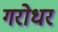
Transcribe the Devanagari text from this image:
गरोधर